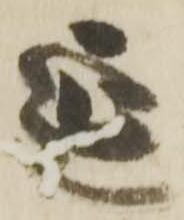
延